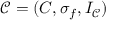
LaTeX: { \mathcal { C } } = ( C , \sigma _ { f } , I _ { \mathcal { C } } )